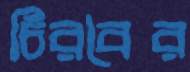
চিরবৈর